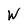
Character: W